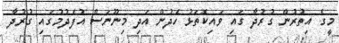
މީގެ އިތުރުން ގުރުދާ ގައި ވައިކޮތަޅު ހެދުން އަދި މިނޫނަސް އުފެދުމުގައި ގުރުދާ